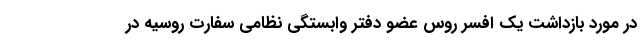
در مورد بازداشت یک افسر روس عضو دفتر وابستگی نظامی سفارت روسیه در